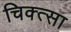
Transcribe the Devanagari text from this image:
चिक्त्सा